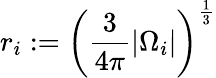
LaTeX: r_{i}:=\left({\frac{3}{4\pi}}|\Omega_{i}|\right)^{\frac 13}